Document type: Oath
Year: 1447
Scribe: Pere Figuerola
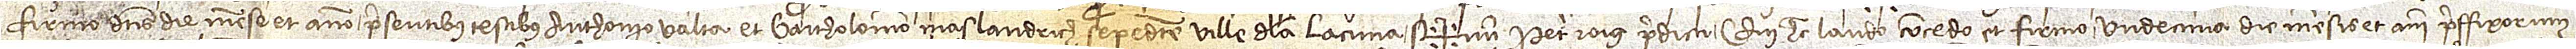
firmo dictis die, mense et anno, presentibus testibus Anthonio Valta et Bartholomeo Maslandrich, sepedicte ville de la Lacuna. Sig+num Petri Roig predicti, qui hec laudo, concedo et firmo undecima die mensis et anni preffixorum